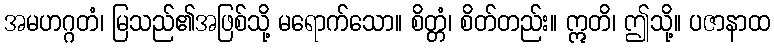
အမဟဂ္ဂတံ၊ မြသည်၏အဖြစ်သို့ မရောက်သော။ စိတ္တံ၊ စိတ်တည်း။ ဣတိ၊ ဤသို့။ ပဇာနာထ